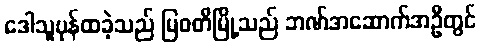
ဒေါသူပုန်ထခဲ့သည် မြဝတီမြို့သည် ဘဏ်အဆောက်အဦတွင်